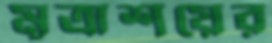
মূত্রাশয়ের